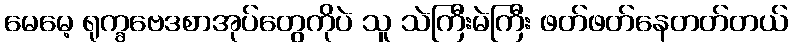
မေမေ့ ရုက္ခဗေဒစာအုပ်တွေကိုပဲ သူ သဲကြီးမဲကြီး ဖတ်ဖတ်နေတတ်တယ်